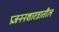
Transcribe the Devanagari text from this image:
प्रजननशास्त्रातील